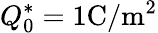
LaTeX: Q_{0}^{*}=1\mathrm{C/m^{2}}